Investigations on Bengal jail dietaries - Number 37
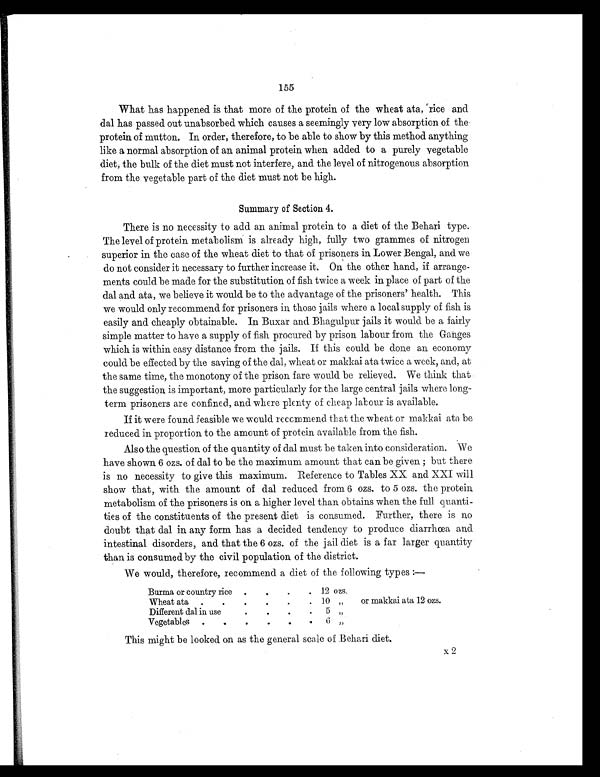
155
What has happened is that more of the protein of the wheat ata, rice and
dal has passed out unabsorbed which causes a seemingly very low absorption of the
protein of mutton. In order, therefore, to be able to show by this method anything
like a normal absorption of an animal protein when added to a purely vegetable
diet, the bulk of the diet must not interfere, and the level of nitrogenous absorption
from the vegetable part of the diet must not be high.
Summary of Section 4.
There is no necessity to add an animal protein to a diet of the Behari type.
The level of protein metabolism is already high, fully two grammes of nitrogen
superior in the case of the wheat diet to that of prisoners in Lower Bengal, and we
do not consider it necessary to further increase it. On the other hand, if arrange-
ments could be made for the substitution of fish twice a week in place of part of the
dal and ata, we believe it would be to the advantage of the prisoners' health. This
we would only recommend for prisoners in those jails where a local supply of fish is
easily and cheaply obtainable. In Buxar and Bhagulpur jails it would be a fairly
simple matter to have a supply of fish procured by prison labour from the Ganges
which is within easy distance from the jails. If this could be done an economy
could be effected by the saving of the dal, wheat or makkai ata twice a week, and, at
the same time, the monotony of the prison fare would be relieved. We think that
the suggestion is important, more particularly for the large central jails where long-
term prisoners are confined, and where plenty of cheap labour is available.
If it were found feasible we would recommend that the wheat or makkai ata be
reduced in proportion to the amount of protein available from the fish.
Also the question of the quantity of dal must be taken into consideration. We
have shown 6 ozs. of dal to be the maximum amount that can be given ; but there
is no necessity to give this maximum. Reference to Tables XX and XXI will
show that, with the amount of dal reduced from 6 ozs. to 5 ozs. the protein
metabolism of the prisoners is on a higher level than obtains when the full quanti-
ties of the constituents of the present diet is consumed. Further, there is no
doubt that dal in any form has a decided tendency to produce diarrhœa and
intestinal disorders, and that the 6 ozs. of the jail diet is a far larger quantity
than is consumed by the civil population of the district.
We would, therefore, recommend a diet of the following types:—
Burma or country rice .
.
.
. 12 ozs.
Wheat ata .
.
.
.
.
. 10 „
or makkai ata 12 ozs.
Different dal in use
.
.
.
.
5 „
Vegetables
.
.
.
. .
.
6 „
This might be looked on as the general scale of Behari diet.
X 2